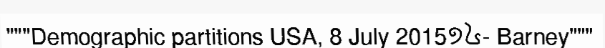
"""Demographic partitions USA, 8 July 2015១៤- Barney"""